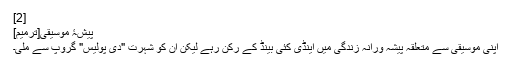
[2]
پیشۂِ موسیقی[ترمیم]
اپنی موسیقی سے متعلقہ پیشہ ورانہ زندگی میں اینڈی کئی بینڈ کے رکن رہے لیکن ان کو شہرت "دی پولیس" گروپ سے ملی۔